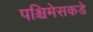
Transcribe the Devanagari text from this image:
पश्चिमेसकडे